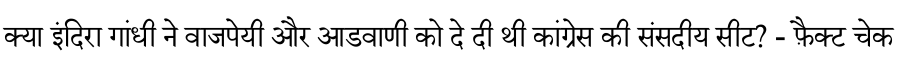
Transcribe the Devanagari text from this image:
क्या इंदिरा गांधी ने वाजपेयी और आडवाणी को दे दी थी कांग्रेस की संसदीय सीट? - फ़ैक्ट चेक